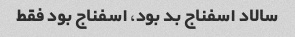
سالاد اسفناج بد بود، اسفناج بود فقط